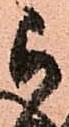
被